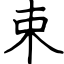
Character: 束